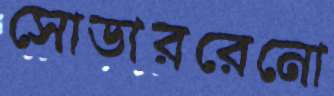
সোডাররেনো